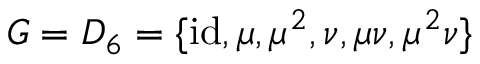
G = D _ { 6 } = \{ { \mathrm { i d } } , \mu , \mu ^ { 2 } , \nu , \mu \nu , \mu ^ { 2 } \nu \}